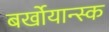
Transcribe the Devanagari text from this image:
बर्खोयान्स्क